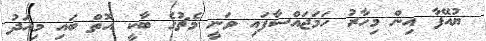
ޔުއޭފާ އިން މިހާރު ހަމަޖައްސާފައި ވަނީ މެޗުގެ ބާކީ އޮތް ބައި މިއަދު